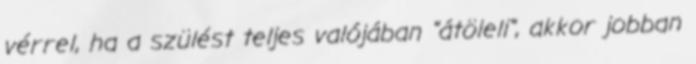
vérrel, ha a szülést teljes valójában "átöleli", akkor jobban